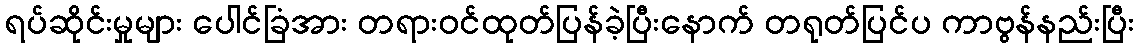
ရပ်ဆိုင်းမှုများ ပေါင်ခြံအား တရားဝင်ထုတ်ပြန်ခဲ့ပြီးနောက် တရုတ်ပြင်ပ ကာဗွန်နည်းပြီး